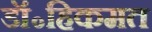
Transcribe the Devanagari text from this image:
डॉ॰हिकमत